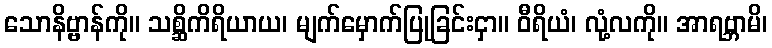
သောနိဗ္ဗာန်ကို။ သစ္ဆိကိရိယာယ၊ မျက်မှောက်ပြုခြင်းငှာ။ ဝီရိယံ၊ လုံ့လကို။ အာရဗ္ဘာမိ၊